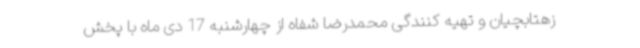
زهتابچیان و تهیه کنندگی محمدرضا شفاه از چهارشنبه 17 دی ماه با پخش